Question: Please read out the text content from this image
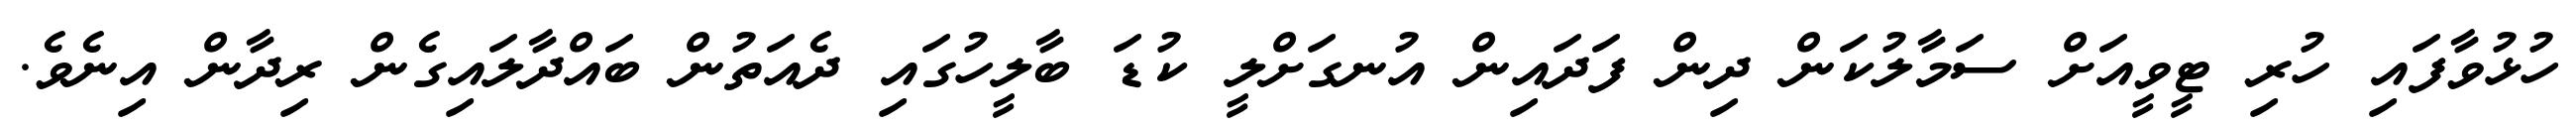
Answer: ހުޅުވާފައި ހުރި ޓީވީއަށް ސަމާލުކަން ދިން ފަދައިން އުނގަށްލީ ކުޑަ ބާލީހުގައި ދެއަތުން ބައްދާލައިގެން ރިދާން އިނެވެ.